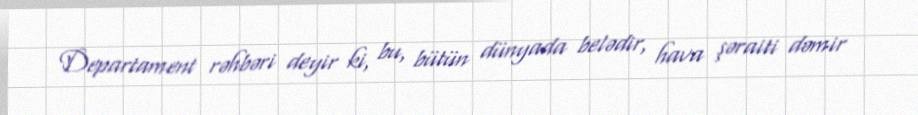
Departament rəhbəri deyir ki, bu, bütün dünyada belədir, hava şəraiti dəmir